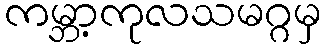
ကမ္ဘာ့ကုလသမဂ္ဂမှ